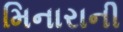
મિનારાની